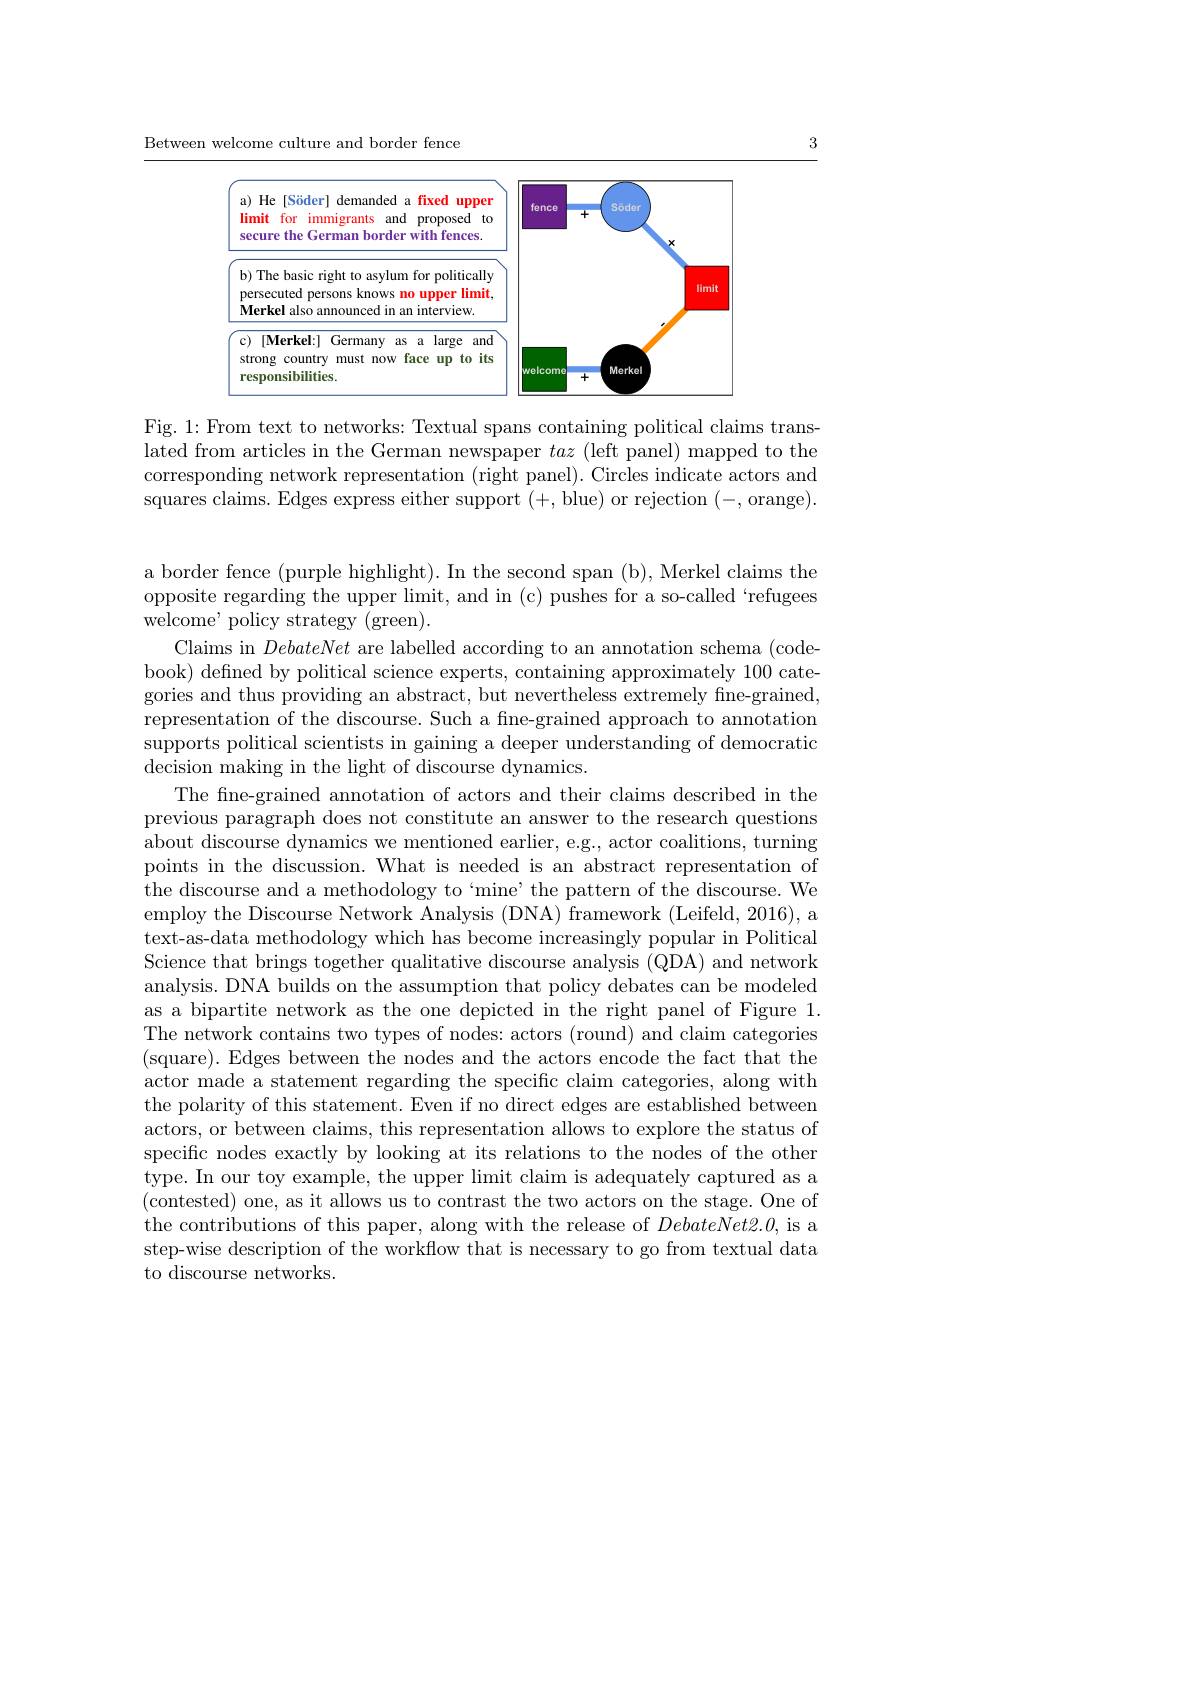
3

Between welcome culture and border fence

<FigureHere>

Fig. 1: From text to networks: Textual spans containing political claims translated from articles in the German newspaper taz (left panel) mapped to the corresponding network representation (right panel). Circles indicate actors and squares claims. Edges express either support (+, blue) or rejection (-, orange).

a border fence (purple highlight). In the second span (b), Merkel claims the opposite regarding the upper limit, and in (c) pushes for a so-called `refugees welcome' policy strategy (green).
Claims in DebateNet are labelled according to an annotation schema (code-) book) defined by political science experts, containing approximately 100 categories and thus providing an abstract, but nevertheless extremely fine-grained, representation of the discourse. Such a fne-grained approach to annotation supports political scientists in gaining a deeper understanding of democratic decision making in the light of discourse dynamics.
The fne-grained annotation of actors and their claims described in the previous paragraph does not constitute an answer to the research questions about discourse dynamics we mentioned earlier, e.g., actor coalitions, turning points in the discussion. What is needed is an abstract representation of the discourse and a methodology to‘mine’ the pattern of the discourse. We employ the Discourse Network Analysis (DNA) framework (Leifeld, 2016), a text-as-data methodology which has become increasingly popular in Political Science that brings together qualitative discourse analysis (QDA) and network analysis. DNA builds on the assumption that policy debates can be modeled as a bipartite network as the one depicted in the right panel of Figure 1. The network contains two types of nodes: actors (round) and claim categories (square). Edges between the nodes and the actors encode the fact that the actor made a statement regarding the specific claim categories, along with the polarity of this statement. Even if no direct edges are established between actors, or between claims, this representation allows to explore the status of specific nodes exactly by looking at its relations to the nodes of the other type. In our toy example, the upper limit claim is adequately captured as a (contested) one, as it allows us to contrast the two actors on the stage. One of the contributions of this paper, along with the release of $DebateNet2.0$, is a step-wise description of the workflow that is necessary to go from textual data to discourse networks.